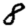
Digit: 8